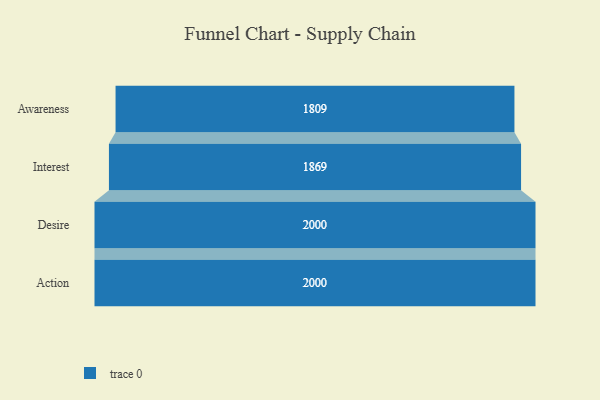
{"axis": {"x": "Stage", "y": "Value"}, "legend": [""], "data": [{"x": "Awareness", "y": 1809.0, "type": ""}, {"x": "Interest", "y": 1869.0, "type": ""}, {"x": "Desire", "y": 2000, "type": ""}, {"x": "Action", "y": 2000, "type": ""}]}